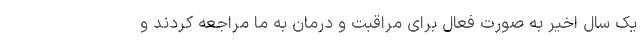
یک سال اخیر به صورت فعال برای مراقبت و درمان به ما مراجعه کردند و